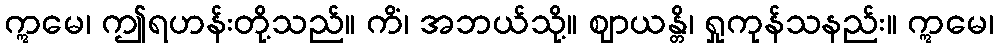
ဣမေ၊ ဤရဟန်းတို့သည်။ ကိံ၊ အဘယ်သို့။ ဈာယန္တိ၊ ရှုကုန်သနည်း။ ဣမေ၊